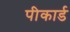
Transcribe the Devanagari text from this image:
पीकार्ड